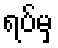
ရပ်မှ